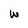
Character: w